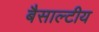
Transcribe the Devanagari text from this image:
बैसाल्टीय